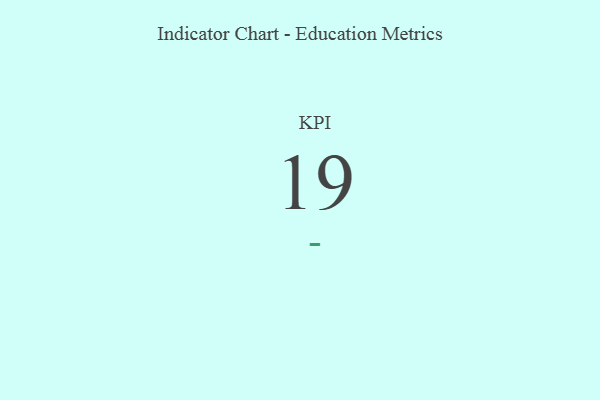
{"axis": {"x": "KPI", "y": "Value"}, "legend": [""], "data": [{"x": "KPI", "y": 19, "type": ""}]}